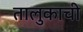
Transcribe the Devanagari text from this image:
तालुकाची